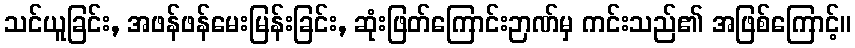
သင်ယူခြင်း, အဖန်ဖန်မေးမြန်းခြင်း, ဆုံးဖြတ်ကြောင်းဉာဏ်မှ ကင်းသည်၏ အဖြစ်ကြောင့်။